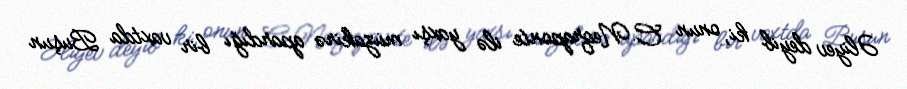
Əliyev deyib ki, onun C.Neqraponte ilə yaxşı müzakirə apardığı bir vaxtda Buşun